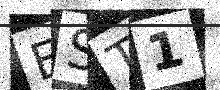
Text: EST1